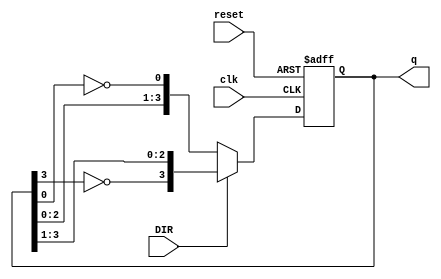
module bidirectional_johnson_counter (
    input wire clk,          // Clock signal
    input wire reset,        // Reset signal
    input wire DIR,          // Direction control (1 for up/right, 0 for down/left)
    output reg [3:0] q       // 4-bit output for the counter (adjust size as needed)
);

    // Always block triggered on the rising edge of the clock or reset
    always @(posedge clk or posedge reset) begin
        if (reset) begin
            // Reset the counter to 0000
            q <= 4'b0000;
        end else begin
            if (DIR) begin
                // Counting Up (Right Shift)
                q <= {~q[3], q[3:1]}; // Shift right and invert the last bit for feedback
            end else begin
                // Counting Down (Left Shift)
                q <= {q[2:0], ~q[0]}; // Shift left and invert the first bit for feedback
            end
        end
    end

endmodule